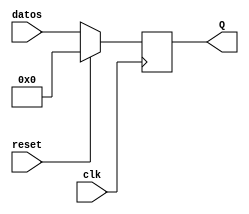
`timescale 1ns / 1ps
//////////////////////////////////////////////////////////////////////////////////
// Company: 
// Engineer: 
// 
// Design Name: 
// Module Name:    FF_D_Sincrono 
// Project Name: 
// Target Devices: 
// Tool versions: 
// Description: 
//
// Dependencies: 
//
// Revision: 
// Revision 0.01 - File Created
// Additional Comments: 
//
//////////////////////////////////////////////////////////////////////////////////
module FF_D_Sincrono(

input wire clk,reset,
input wire [7:0] datos,
output reg [7:0] Q

 );
always@(posedge clk)

if(reset)
	begin
	Q <=8'b0;

	end

else

	begin

	Q<=datos;
	
	end

endmodule